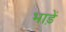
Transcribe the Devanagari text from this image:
भाड़ें